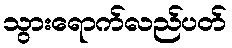
သွားရောက်လည်ပတ်